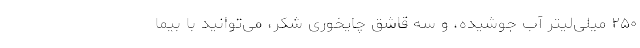
۲۵۰ میلی‌لیتر آب جوشیده، و سه قاشق چایخوری شکر، می‌توانید با بیما